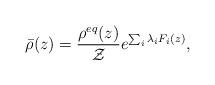
LaTeX: \begin{align*}\bar{\rho}(z) = \frac{\rho^{eq}(z)}{\mathcal{Z}} e^{\sum_i \lambda_i F_i(z)},\end{align*}